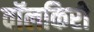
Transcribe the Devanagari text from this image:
वॉलकिरी